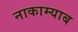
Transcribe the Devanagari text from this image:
नाकाम्याब